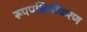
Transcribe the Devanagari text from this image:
रूपपश्चिमीकरण